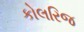
કોલરિજ